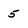
Character: 5